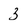
Character: 3